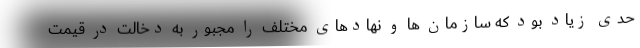
حدی زیاد بود که سازمان ها و نهادهای مختلف را مجبور به دخالت در قیمت